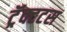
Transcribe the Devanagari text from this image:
ट्रॅक्टटस